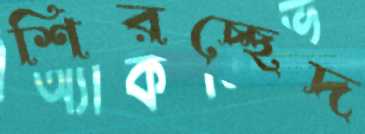
শিরচ্ছেদ